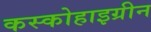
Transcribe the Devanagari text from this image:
कस्कोहाइग्रीन